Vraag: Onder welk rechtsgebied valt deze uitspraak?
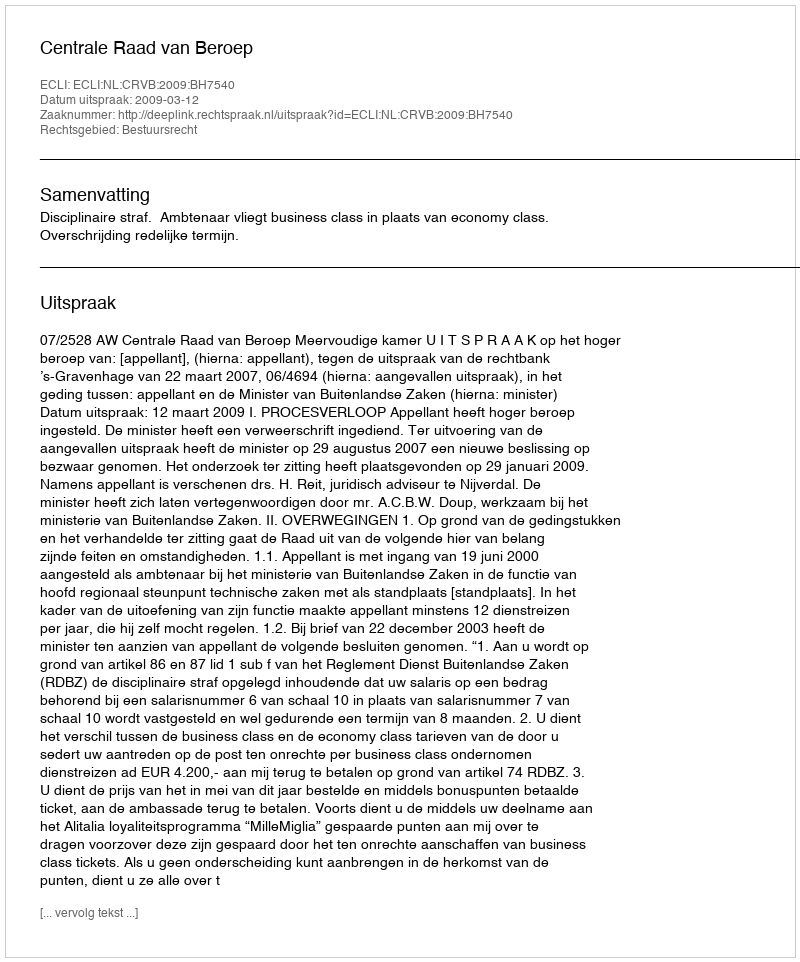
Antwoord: Bestuursrecht